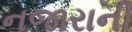
નજારાની